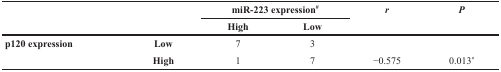
<table><thead><tr><td></td><td></td><td colspan="2"><b>miR-223 expression<sup>#</sup></b></td><td><b><i>r</i></b></td><td><b><i>P</i></b></td></tr><tr><td></td><td></td><td><b>High</b></td><td><b>Low</b></td><td></td><td></td></tr></thead><tbody><tr><td><b>p120 expression</b></td><td><b>Low</b></td><td>7</td><td>3</td><td></td><td></td></tr><tr><td></td><td><b>High</b></td><td>1</td><td>7</td><td>−0.575</td><td>0.013*</td></tr></tbody></table>